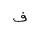
Letter: _fa